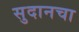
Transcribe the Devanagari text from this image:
सुदानचा